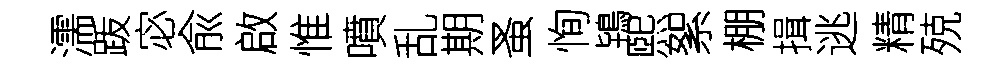
濡䟦宓兪啟惟噴乱期蚤恂鴇煕絮棚揖逃精殑